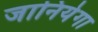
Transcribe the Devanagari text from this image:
जानियेगा